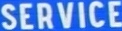
SERVICE